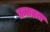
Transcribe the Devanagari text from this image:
ऋतव्रत